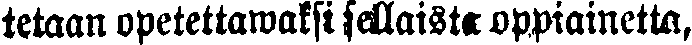
tetaan opetettawaksi sellaista oppiainetta,